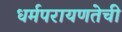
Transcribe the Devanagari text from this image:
धर्मपरायणतेची